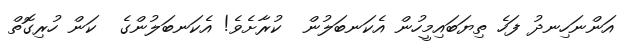
އަންނަހިނދު ފަހެ ތިޔަބައިމީހުން އެކަނބަލުން  ކުރާށެވެ! އެކަނބަލުންގެ  ކަން ހުރިގޮތް